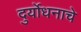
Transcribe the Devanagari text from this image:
दुर्योधनाचे